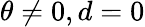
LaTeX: \theta\neq 0,d=0